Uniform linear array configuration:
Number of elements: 4
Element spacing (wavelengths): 0.75
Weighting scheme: uniform
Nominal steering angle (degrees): -15
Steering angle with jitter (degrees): -16.567
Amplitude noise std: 0.05
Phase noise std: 0.05

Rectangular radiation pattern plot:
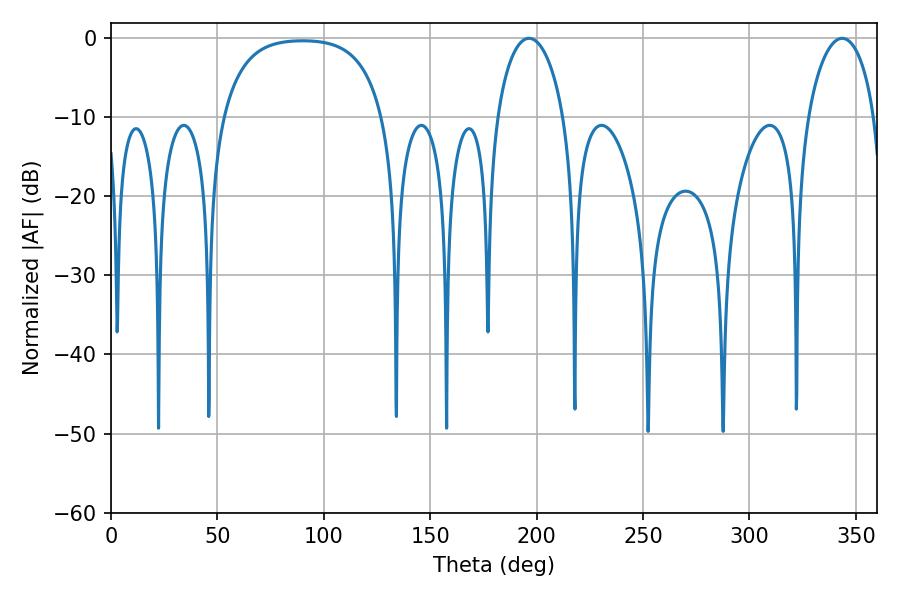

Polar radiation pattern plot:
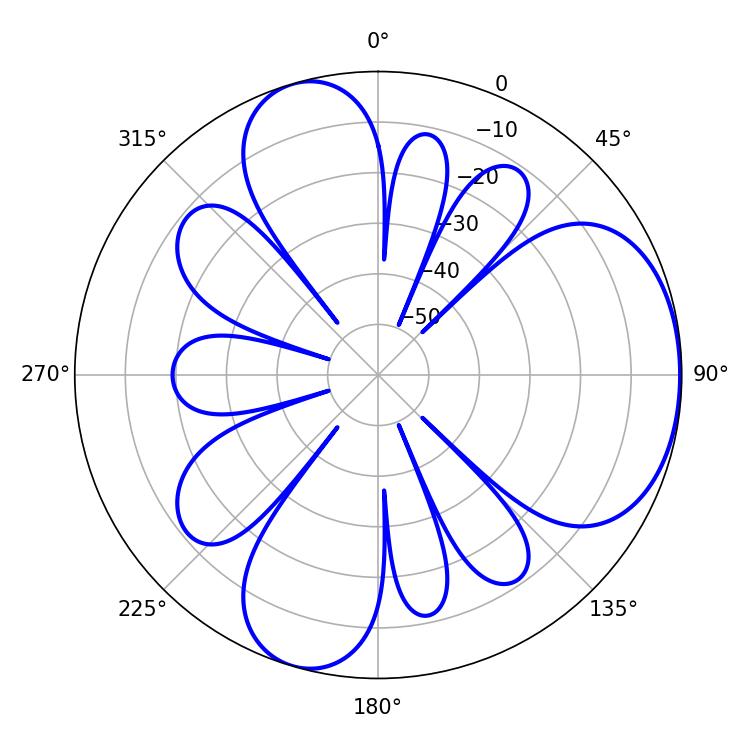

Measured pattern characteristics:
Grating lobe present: TRUE
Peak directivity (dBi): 5.181
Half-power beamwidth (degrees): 18
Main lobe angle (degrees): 196.38